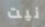
نيت